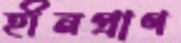
হীনপ্রাণ